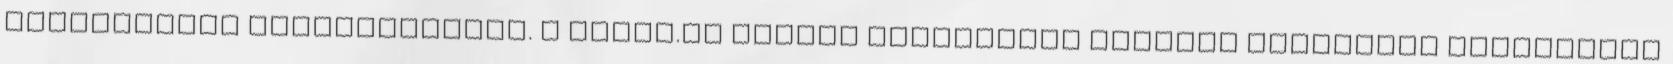
gabonaindex szolgáltatója. A Magro.hu hétfői közleménye szerint mindegyik gabonaféle